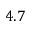
4 . 7